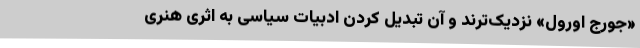
«جورج اورول» نزدیک‌ترند و آن تبدیل کردن ادبیات سیاسی به اثری هنری